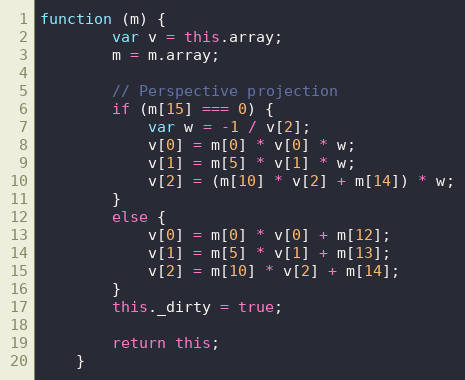
Language: JavaScript
function (m) {
        var v = this.array;
        m = m.array;

        // Perspective projection
        if (m[15] === 0) {
            var w = -1 / v[2];
            v[0] = m[0] * v[0] * w;
            v[1] = m[5] * v[1] * w;
            v[2] = (m[10] * v[2] + m[14]) * w;
        }
        else {
            v[0] = m[0] * v[0] + m[12];
            v[1] = m[5] * v[1] + m[13];
            v[2] = m[10] * v[2] + m[14];
        }
        this._dirty = true;

        return this;
    }